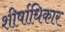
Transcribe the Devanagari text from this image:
शीर्षाधिकार